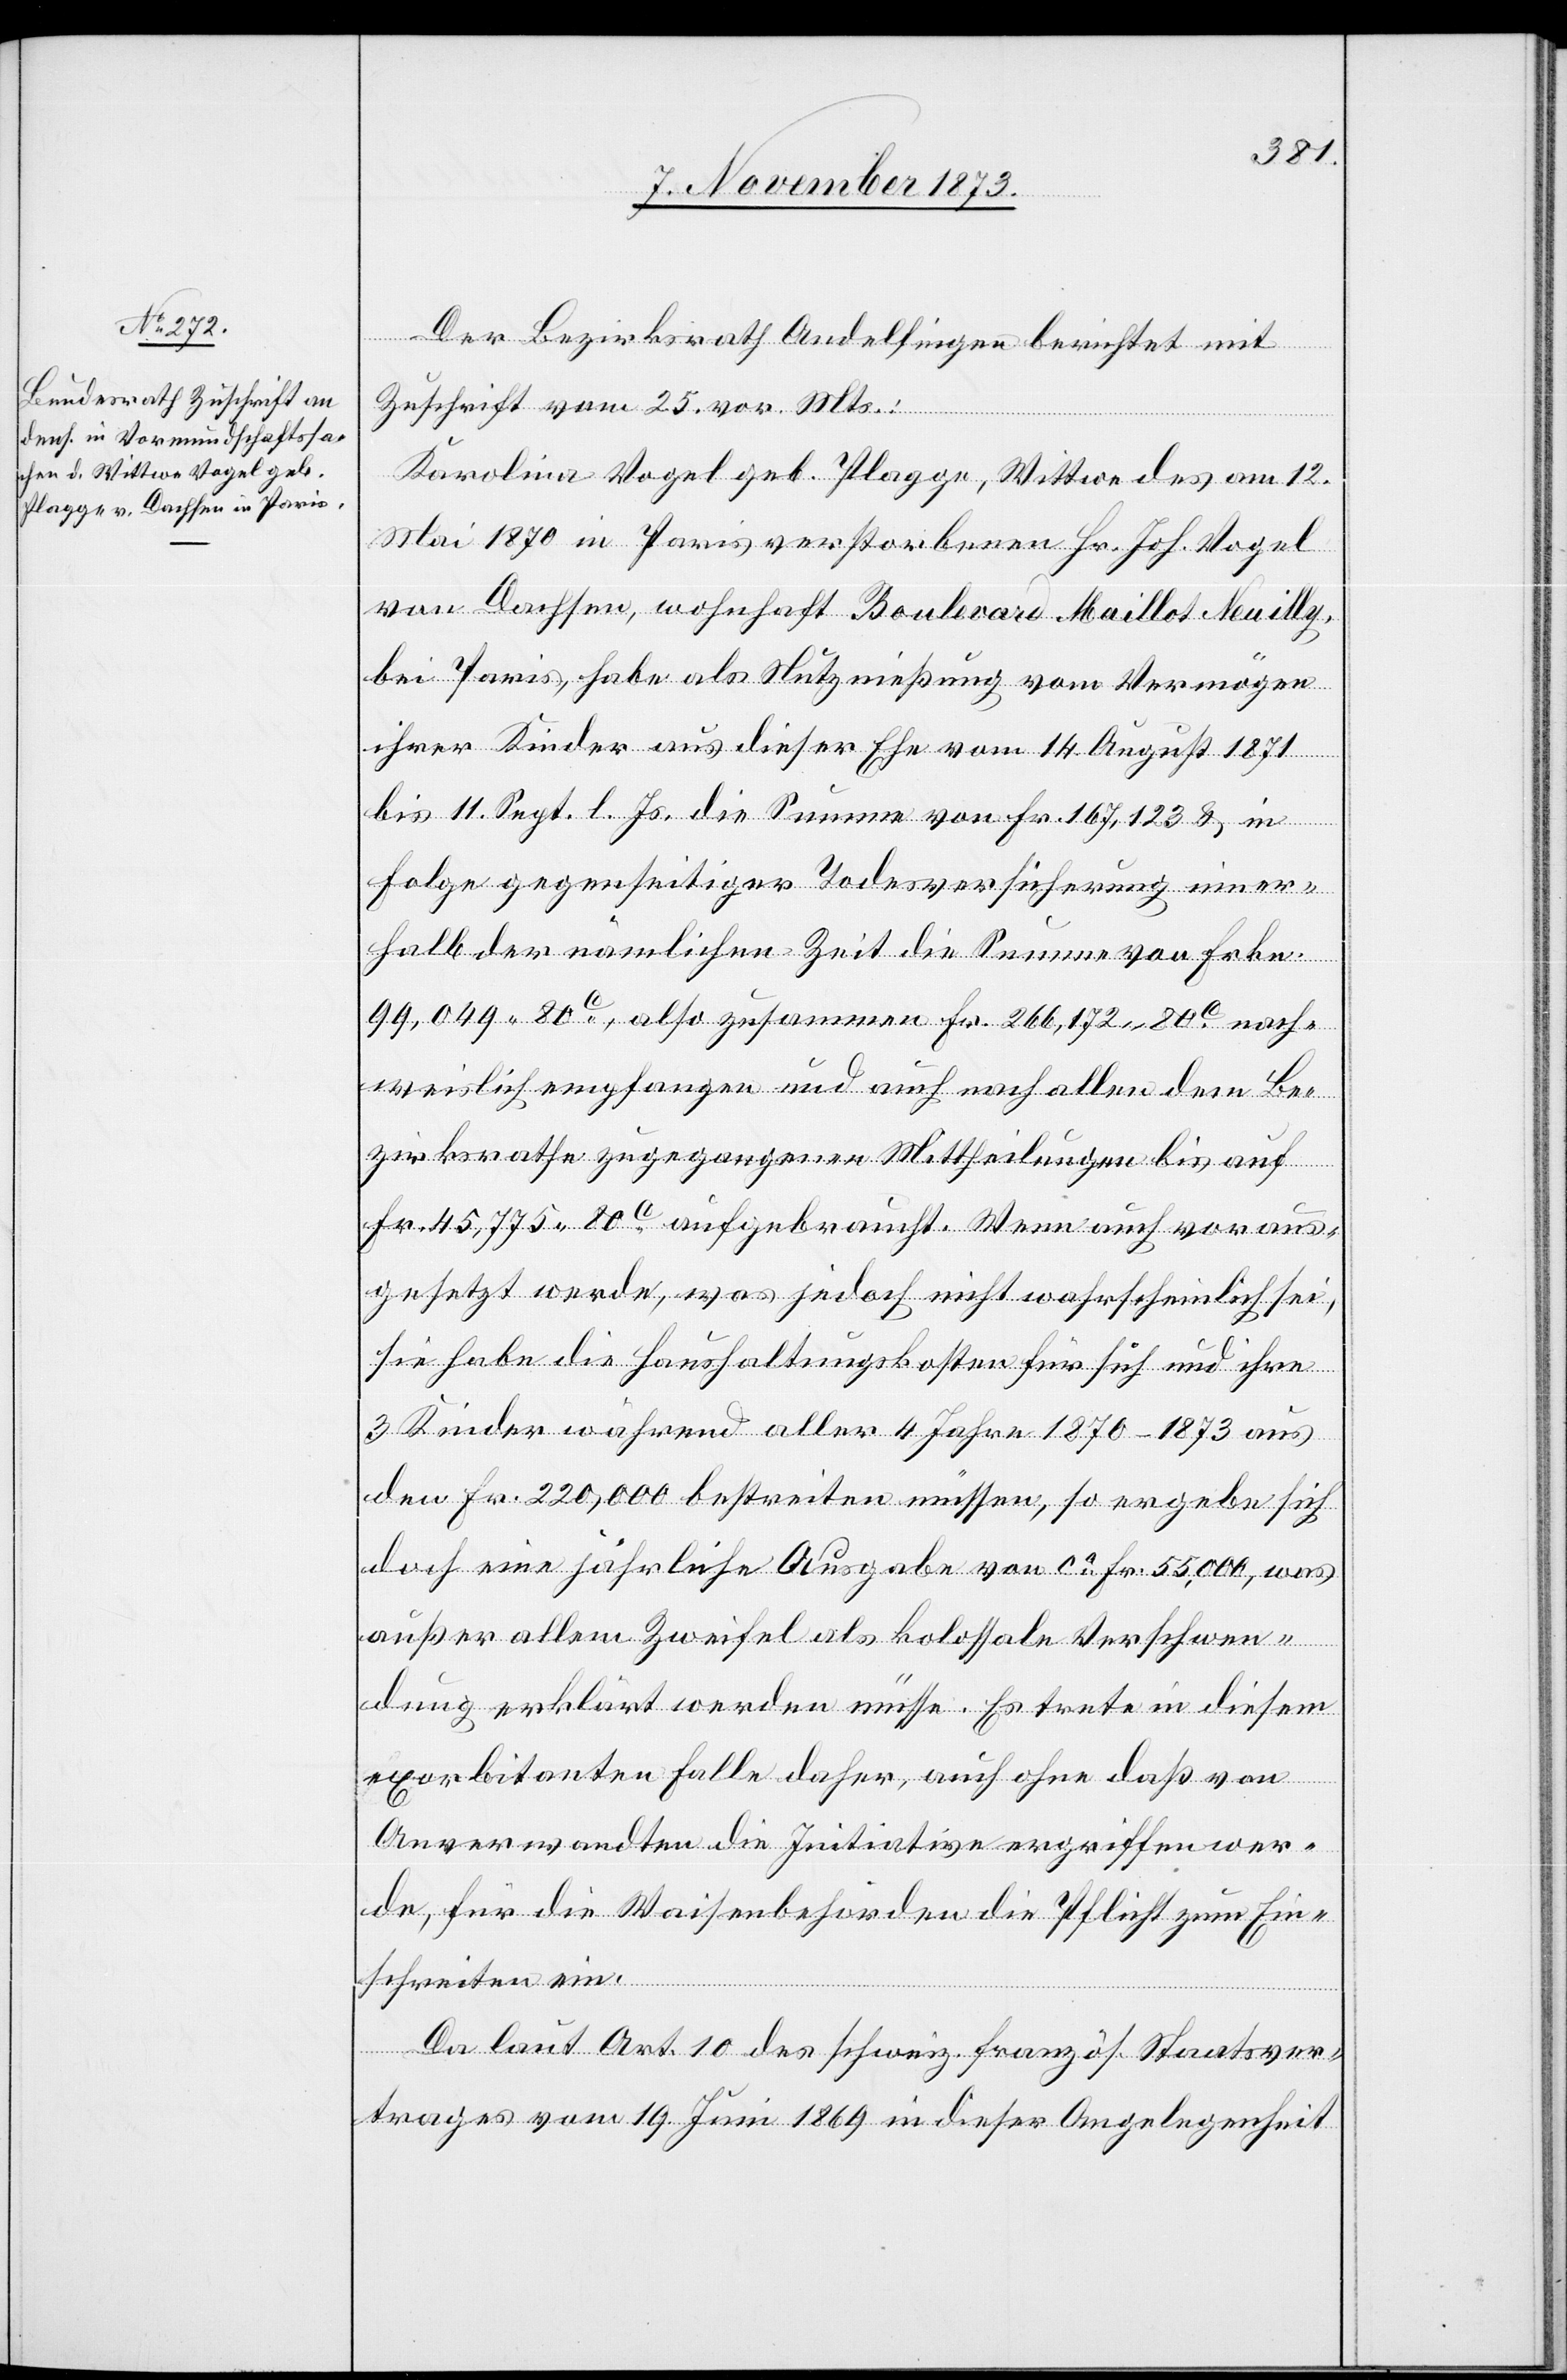
7. November 1873.]
Der Bezirksrath Andelfingen berichtet mit
Zuschrift vom 25. vor. Mts.:
Karolina Vogel geb. Plagge, Wittwe des am 12.
Mai 1870 in Paris verstorbenen Hr. Joh. Vogel
von Dachsen, wohnhaft Boulevard Maillot Neuilly,
bei Paris, habe als Nutznießung vom Vermögen
ihrer Kinder aus dieser Ehe vom 14. August 1871
bis 11. Sept. l. Js. die Summe von Fr. 167,123 & in
Folge gegenseitiger Todesversicherung inner¬
halb der nämlichen Zeit die Summe von Frkn.
99,049 80c, also zusammen Fr. 266,172 80c nach¬
weislich empfangen und auch nach allen dem Be¬
zirksrathe zugegangenen Mittheilungen bis auf
Fr. 45,775 80c aufgebraucht. Wenn auch voraus¬
gesetzt werde, was jedoch nicht wahrscheinlich sei,
sie habe die Haushaltungskosten für sich und ihre
3 Kinder während aller 4 Jahre 1870–1873 aus
den Fr. 220,000 bestreiten müssen, so ergebe sich
doch eine jährliche Ausgabe von ca Fr. 55,000, was
außer allem Zweifel als kolossale Verschwen¬
dung erklärt werden müsse. Es trete in diesem
exorbitanten Falle daher, auch ohne daß von
Anverwandten die Initiative ergriffen wer¬
de, für die Waisenbehörden die Pflicht zum Ein¬
schreiten ein.
Da laut Art. 10 des schweiz. französ. Staatsver¬
trages vom 19. Juni 1869 in dieser Angelegenheit